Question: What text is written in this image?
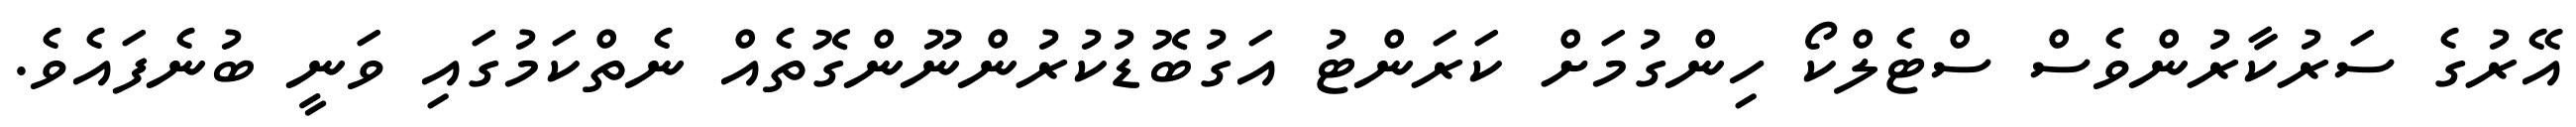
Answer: އޭރުގެ ސަރުކާރުންވެސް ސްޓެލްކޯ ހިންގުމަށް ކަރަންޓު އަގުބޮޑުކުރުންނޫންގޮތެއް ނެތްކަމުގައި ވަނީ ބުނެފައެވެ.